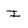
Character: I